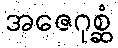
အဇေဂုစ္ဆံ